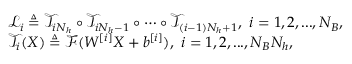
\begin{array} { r l } & { \mathcal { L } _ { i } \triangleq \mathcal { T } _ { i N _ { h } } \circ \mathcal { T } _ { i N _ { h } - 1 } \circ \cdots \circ \mathcal { T } _ { ( i - 1 ) N _ { h } + 1 } , \ i = 1 , 2 , . . . , N _ { B } , } \\ & { \mathcal { T } _ { i } ( X ) \triangleq \mathcal { F } ( W ^ { [ i ] } X + b ^ { [ i ] } ) , \ i = 1 , 2 , . . . , N _ { B } N _ { h } , } \end{array}